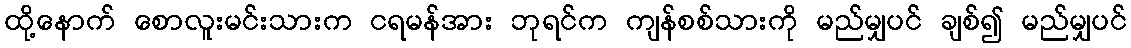
ထို့နောက် စောလူးမင်းသားက ငရမန်အား ဘုရင်က ကျန်စစ်သားကို မည်မျှပင် ချစ်၍ မည်မျှပင်